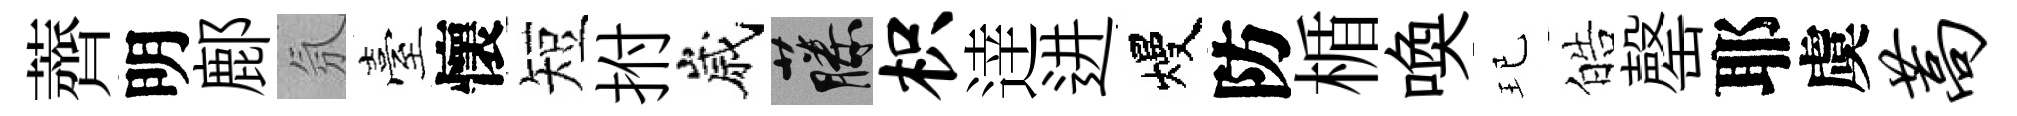
薺明鄜氛臺懷短拊嵗藤枳逹进熳防楯喚玘皓罄耶虞蒿